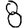
Digit: 8